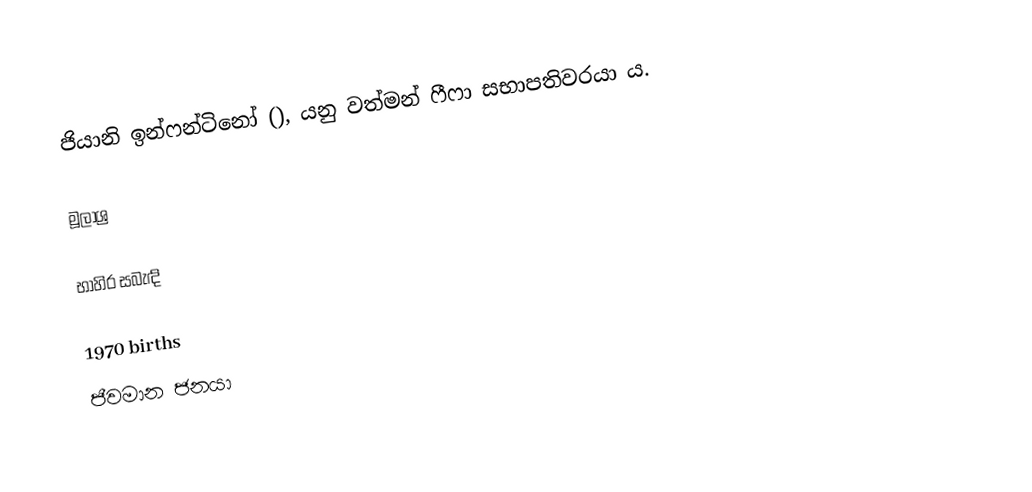
ජියානි ඉන්ෆන්ටිනෝ (), යනු වත්මන් ෆීෆා සභාපතිවරයා ය.

මූලාශ්‍ර

භාහිර සබැඳි

1970 births
ජීවමාන ජනයා